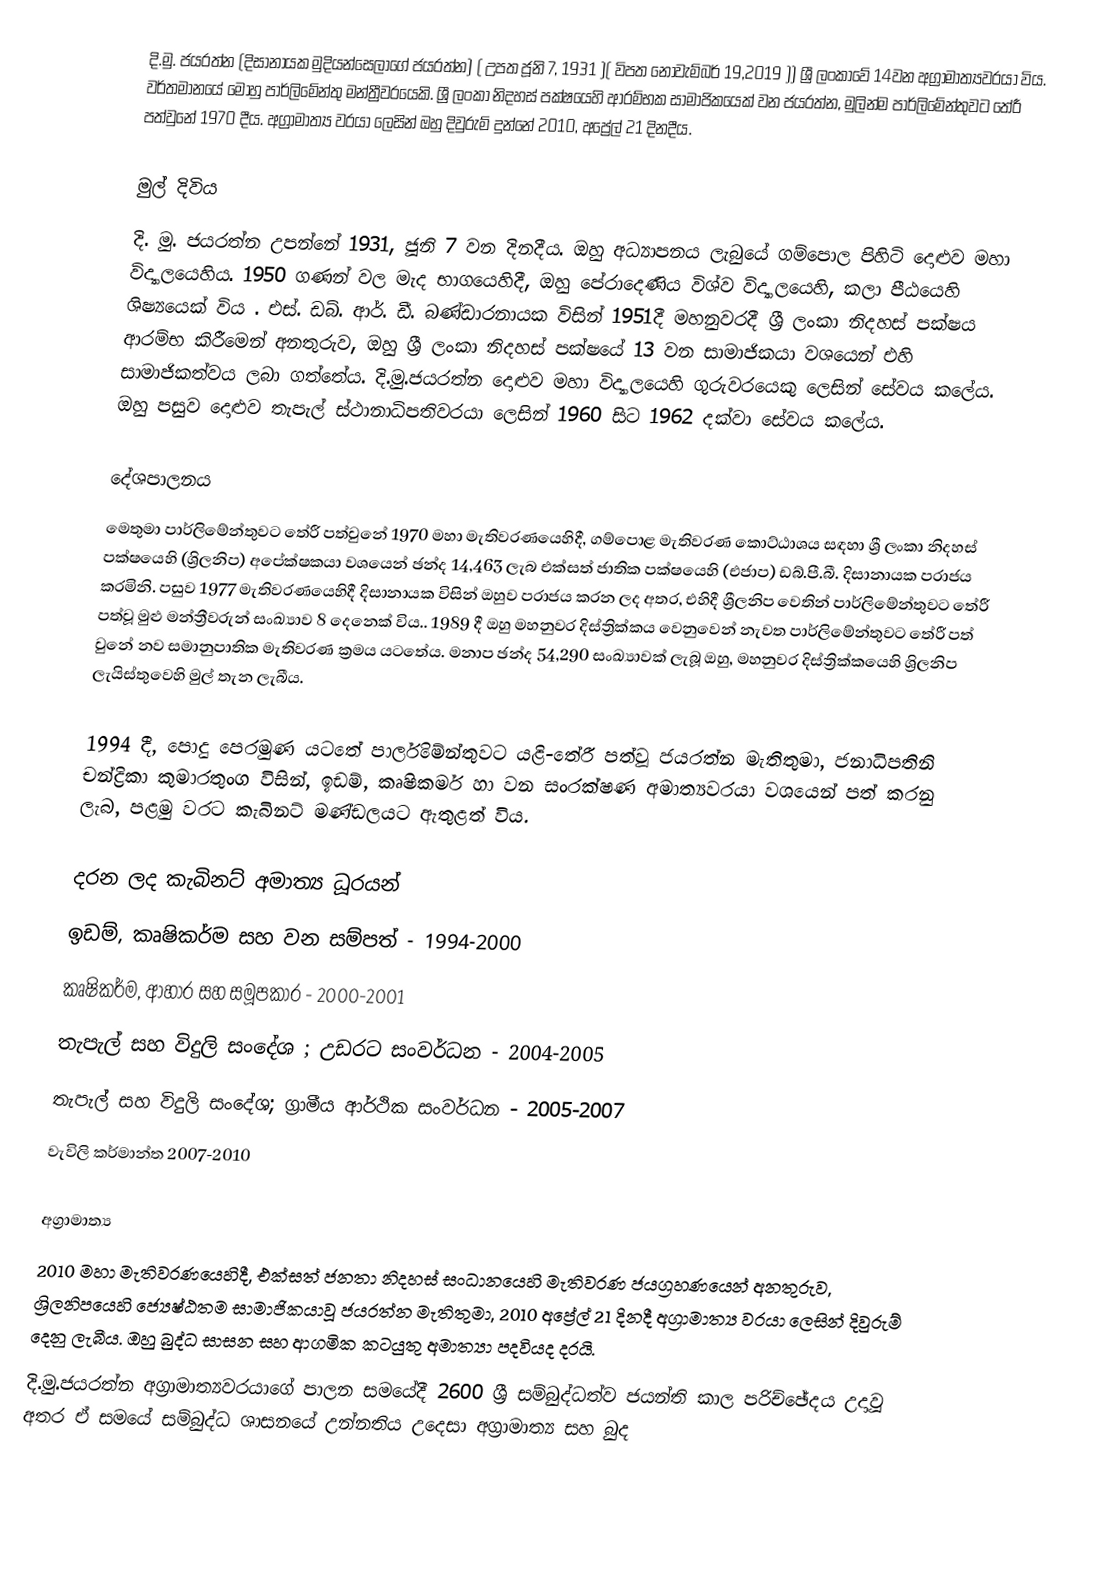
දි.මු. ජයරත්න (දිසානායක මුදියන්සෙලාගේ ජයරත්න) ( උපත ජූනි 7, 1931 )( විපත නොවැම්බර් 19,2019 ))  ශ්‍රී ලංකාවේ 14වන   අග්‍රාමාත්‍යවරයා විය. වර්තමානයේ මොහු පාර්ලිමේන්තු මන්ත්‍රීවරයෙකි. ශ්‍රී ලංකා නිදහස් පක්ෂයෙහි ආරම්භක සාමාජිකයෙක් වන ජයරත්න, මුලින්ම  පාර්ලිමේන්තුවට තේරී පත්වුනේ 1970 දීය. අග්‍රාමාත්‍ය වරයා ලෙසින් ඔහු දිවුරුම් දුන්නේ 2010, අප්‍රේල් 21 දිනදීය.

මුල් දිවිය
දි. මු. ජයරත්න උපන්නේ 1931, ජූනි 7 වන දිනදීය. ඔහු අධ්‍යාපනය ලැබුයේ   ගම්පොල පිහිටි දොළුව මහා විද්‍යාලයෙහිය. 1950 ගණන් වල මැද භාගයෙහිදී,  ඔහු  පේරාදෙණිය විශ්ව විද්‍යාලයෙහි, කලා පීඨයෙහි ශිෂ්‍යයෙක් විය . එස්. ඩබ්. ආර්. ඩී. බණ්ඩාරනායක විසින් 1951දී මහනුවරදී ශ්‍රී ලංකා නිදහස් පක්ෂය ආරම්භ කිරීමෙන් අනතුරුව, ඔහු ශ්‍රී ලංකා නිදහස් පක්ෂයේ 13 වන සාමාජිකයා වශයෙන් එහි සාමාජිකත්වය ලබා ගත්තේය. දි.මු.ජයරත්න දොළුව මහා විද්‍යාලයෙහි ගුරුවරයෙකු ලෙසින් සේවය කලේය. ඔහු පසුව දොළුව තැපැල් ස්ථානාධිපතිවරයා ලෙසින්  1960 සිට 1962 දක්වා සේවය කලේය.

දේශපාලනය
මෙතුමා පාර්ලිමේන්තුවට තේරී පත්වුනේ  1970 මහා මැතිවරණයෙහිදී, ගම්පොළ මැතිවරණ කොට්ඨාශය සඳහා ශ්‍රී ලංකා නිදහස් පක්ෂයෙහි (ශ්‍රිලනිප) අපේක්ෂකයා වශයෙන් ඡන්ද  14,463  ලැබ එක්සත් ජාතික පක්ෂයෙහි (එජාප) ඩබ්.පී.බී. දිසානායක පරාජය කරමිනි. පසුව  1977 මැතිවරණයෙහිදී දිසානායක විසින් ඔහුව පරාජය කරන ලද අතර, එහිදී ශ්‍රීලනිප වෙතින් පාර්ලිමේන්තුවට තේරී පත්වූ මුළු මන්ත්‍රීවරුන් සංඛ්‍යාව 8 දෙනෙක් විය.. 1989 දී ඔහු  මහනුවර දිස්ත්‍රික්කය වෙනුවෙන් නැවත පාර්ලිමේන්තුවට තේරී පත් වුනේ නව සමානුපාතික මැතිවරණ ක්‍රමය යටතේය. මනාප ඡන්ද 54,290 සංඛ්‍යාවක් ලැබූ ඔහු, මහනුවර දිස්ත්‍රික්කයෙහි ශ්‍රිලනිප ලැයිස්තුවෙහි මුල් තැන ලැබීය.

1994 දී, පොදු පෙරමුණ යටතේ  පාර්ලිමේන්තුවට යළි-තේරී පත්වූ ජයරත්න මැතිතුමා, ජනාධිපතිනි  චන්ද්‍රිකා කුමාරතුංග විසින්, ඉඩම්, කෘෂිකර්ම හා වන සංරක්ෂණ අමාත්‍යවරයා වශයෙන් පත් කරනු ලැබ, පළමු වරට  කැබිනට් මණ්ඩලයට ඇතුළත් විය.

දරන ලද කැබිනට් අමාත්‍ය ධූරයන්
 ඉඩම්, කෘෂිකර්ම සහ වන සම්පත් - 1994-2000
 කෘෂිකර්ම, ආහාර සහ සමූපකාර - 2000-2001
 තැපැල් සහ විදුලි සංදේශ ; උඩරට සංවර්ධන - 2004-2005
 තැපැල් සහ විදුලි සංදේශ; ග්‍රාමීය  ආර්ථික  සංවර්ධන - 2005-2007
 වැවිලි කර්මාන්ත 2007-2010

අග්‍රාමාත්‍ය
2010 මහා මැතිවරණයෙහිදී,  එක්සත් ජනතා නිදහස් සංධානයෙහි මැතිවරණ ජයග්‍රහණයෙන් අනතුරුව, ශ්‍රිලනිපයෙහි ජ්‍යෙෂ්ඨතම සාමාජිකයාවූ ජයරත්න මැතිතුමා, 2010 අප්‍රේල් 21 දිනදී අග්‍රාමාත්‍ය වරයා ලෙසින් දිවුරුම් දෙනු ලැබීය.  ඔහු බුද්ධ සාසන සහ ආගමික කටයුතු අමාත්‍යා පදවියද  දරයි.
දි.මු.ජයරත්න අග්‍රාමාත්‍යවරයාගේ පාලන සමයේදී 2600 ශ්‍රී සම්බුද්ධත්ව ජයන්ති කාල පරිච්ඡේදය උදාවූ අතර ඒ සමයේ සම්බුද්ධ ශාසනයේ උන්නතිය උදෙසා අග්‍රාමාත්‍ය සහ බුද